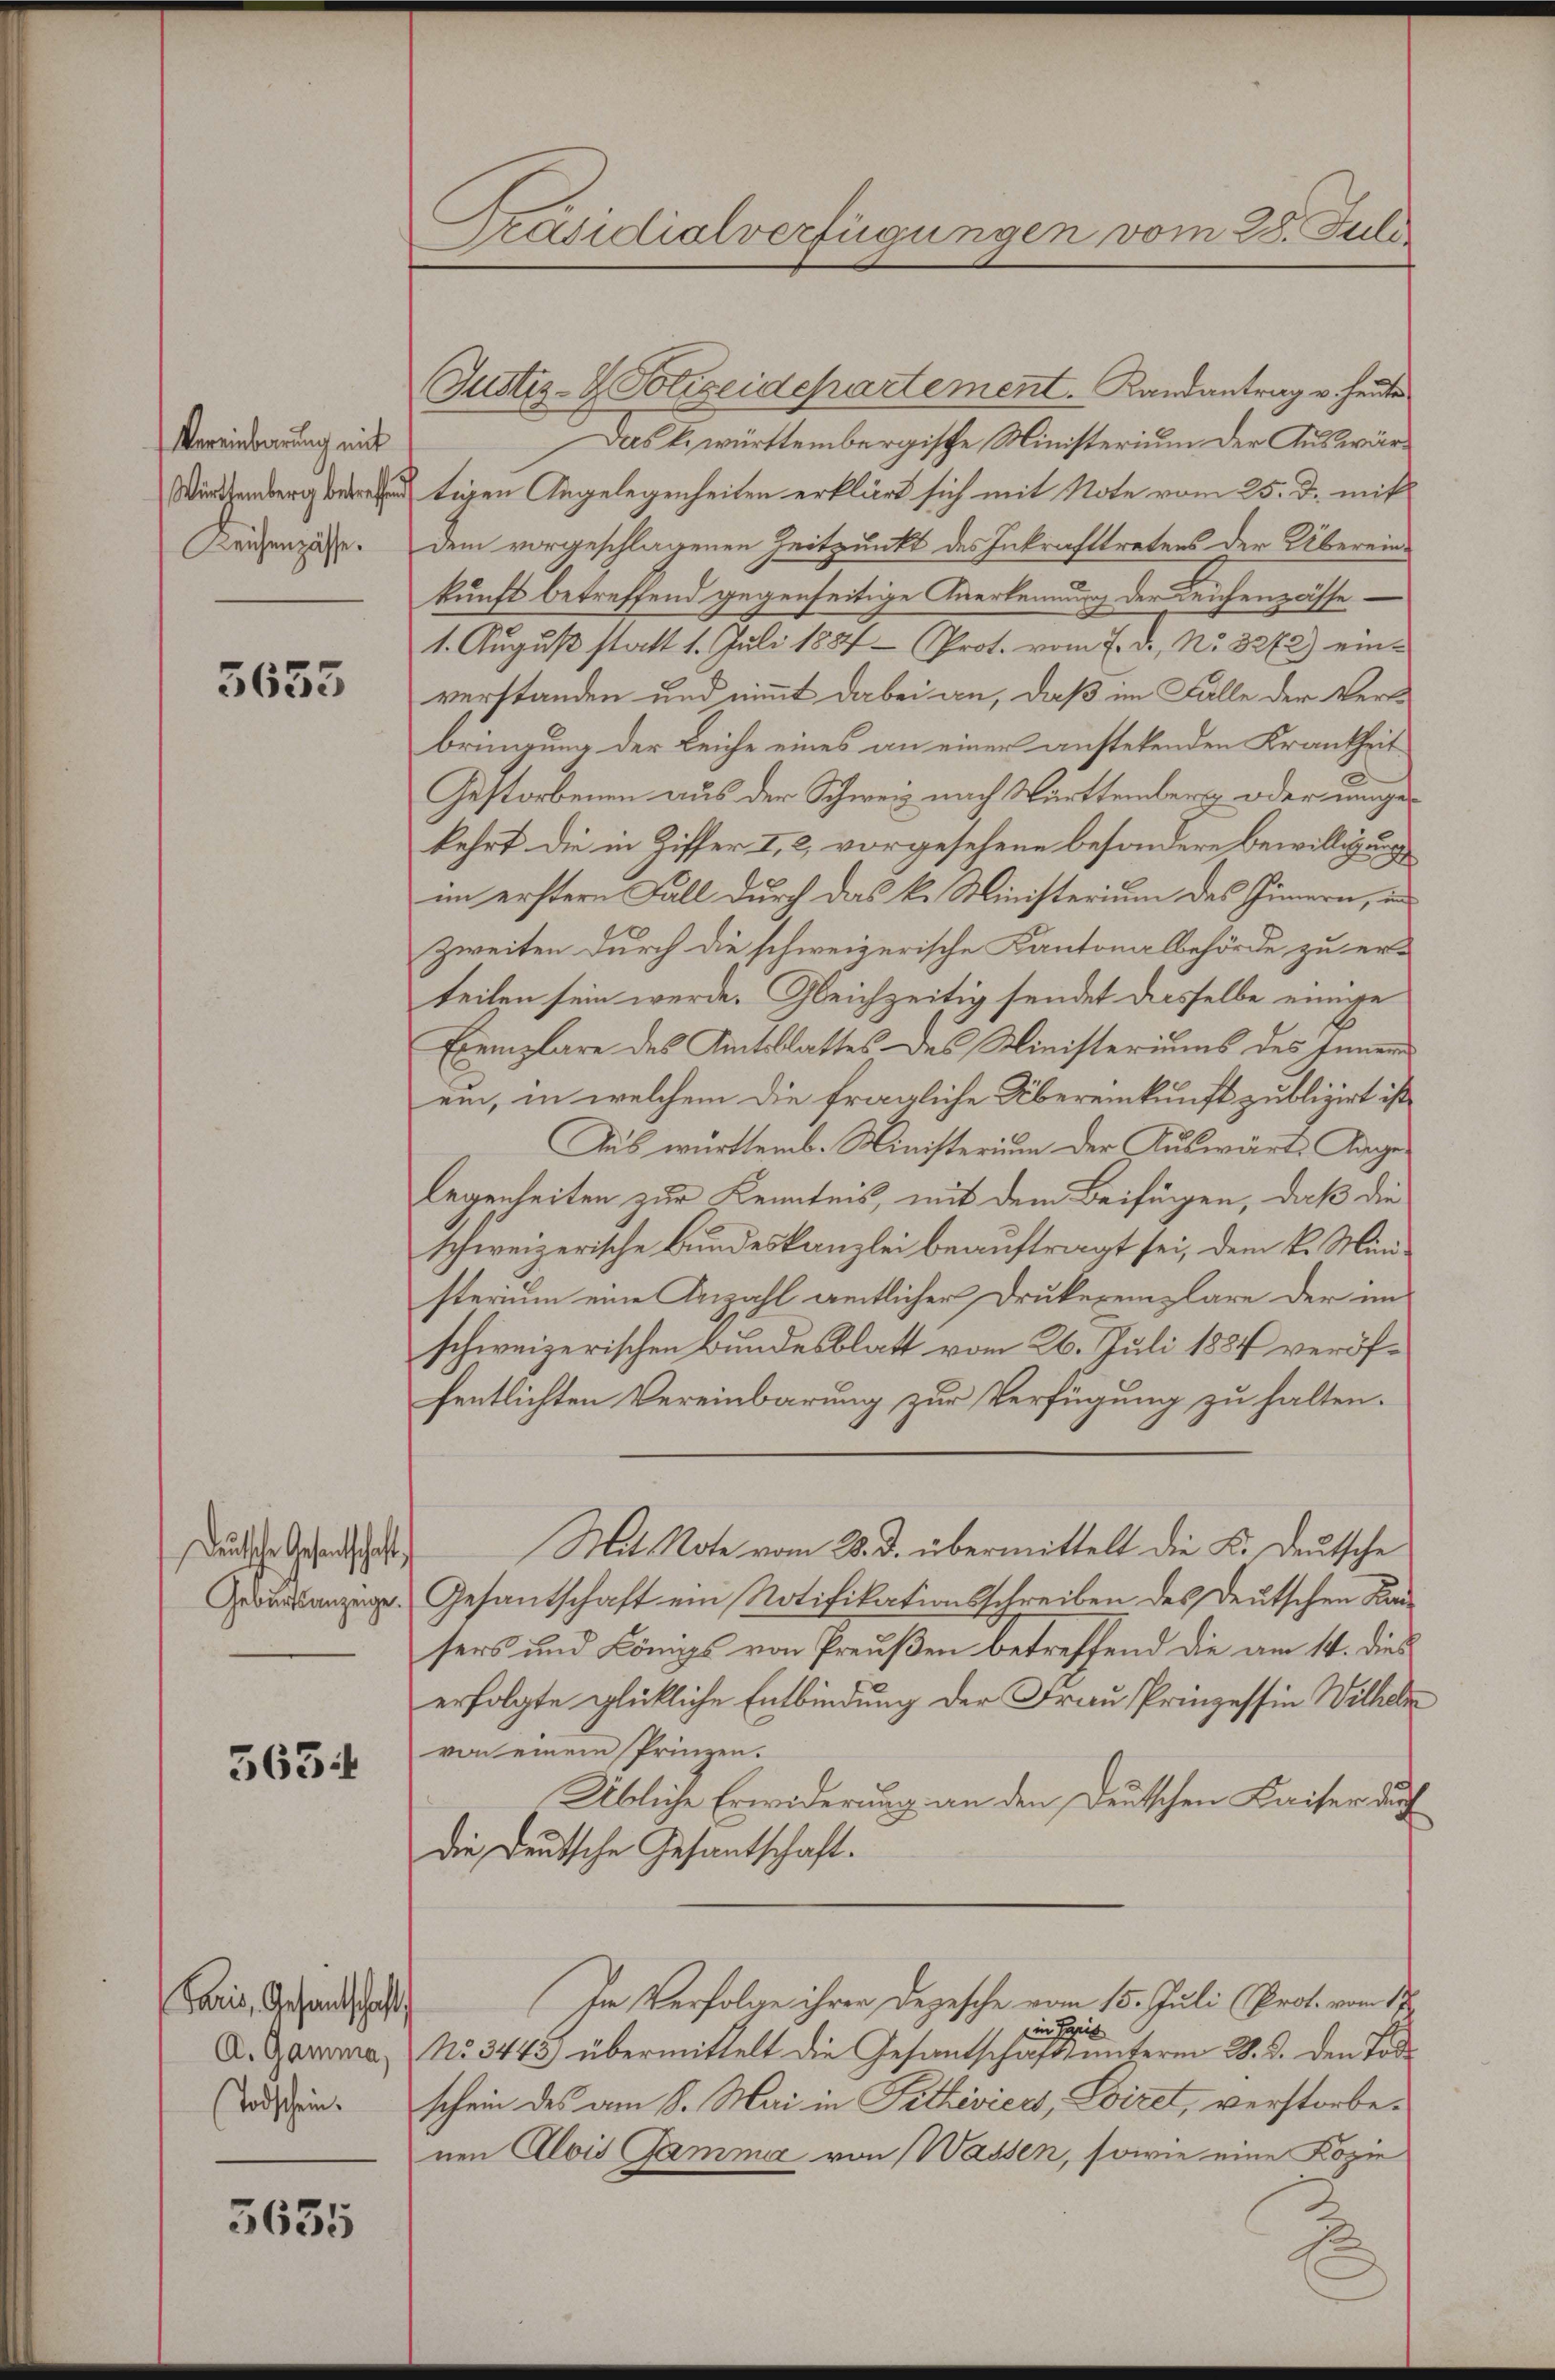
Vereinbarung mit
Württemberg betreffen
Reichenzässe.

5655

Deutsche Gesandtschaft,
Geburtsanzeige.

5634

Paris, Gesandtschaft
Todschein.

3635

Präsidialverfügungen vom 28. Juli

Justiz- & Polizeidepartement. Landantrag v. heute
Das k. württembergische Ministerium der Auswärtigen Angelegenheiten erklärt sich mit Note vom 25. d. mit
dem vorgeschlagenen Zeitpunkt des Inkrafttretens der Überein-
kunft betreffend gegenseitige Anerkennung der Leichenpasse¬
1. August statt 1. Juli 1887 - Prot. vom 7. d. No. 3272) einverstanden und nimmt dabei an, daß im Falle der Verbringung der Leiche eines an einer anstehenden Krankheit
Gestorbenen aus der Schweiz nach Württemberg oder umgekehrt die in Ziffer I, 2, vorgesehene besondere Bewilligung
im erstern Fall durch das k. Ministerium des Innern, in
zweiten durch die schweizerische Kantonalbehörde zu er-
teilen sein werde. Gleichzeitig sendet dasselbe einige
Exemplare des Amtsblattes des Ministeriums des Innern
ein, in welchem die fragliche Übereinkunft publizirt ist
Aus württemb. Ministerium der Auswärts Angelegenheiten zur Kenntnis, mit dem Beifügen, daß die
schweizerische Bundeskanzlei beauftragt sei, dem k. Ministerium eine Anzahl amtlicher Drukeremplare der un
schweizerischen Bundesblatt vom 26. Juli 1884 veröffentlichten Vereinbarung zur Verfügung zu halten.
Mit Note vom 28. d. übermittelt die K. Deutsche
Gesantschaft ein Notifikationsschreiben des Deutschen Kansers und Königs von Preußen betreffend die am 14. dies
erfolgte glückliche Entbindung der Frau Prinzessin Wilhelm
von einem Prinzen.
Übliche Erwiderung an den Deutschen Kaiser durch
Die Deutsche Gesantschaft.
In Verfolge ihrer Depesche vom 15. Juli (Prot. vom 17.
in Papie
A. Garma, No 3443) übermittelt die Gesandschaftsunterm 28. d. den Todes
schein des am 8. Mai in Fittiviers, Loizet, verstorbenen Alois Gamma von Wassen, sowie eine Kopie